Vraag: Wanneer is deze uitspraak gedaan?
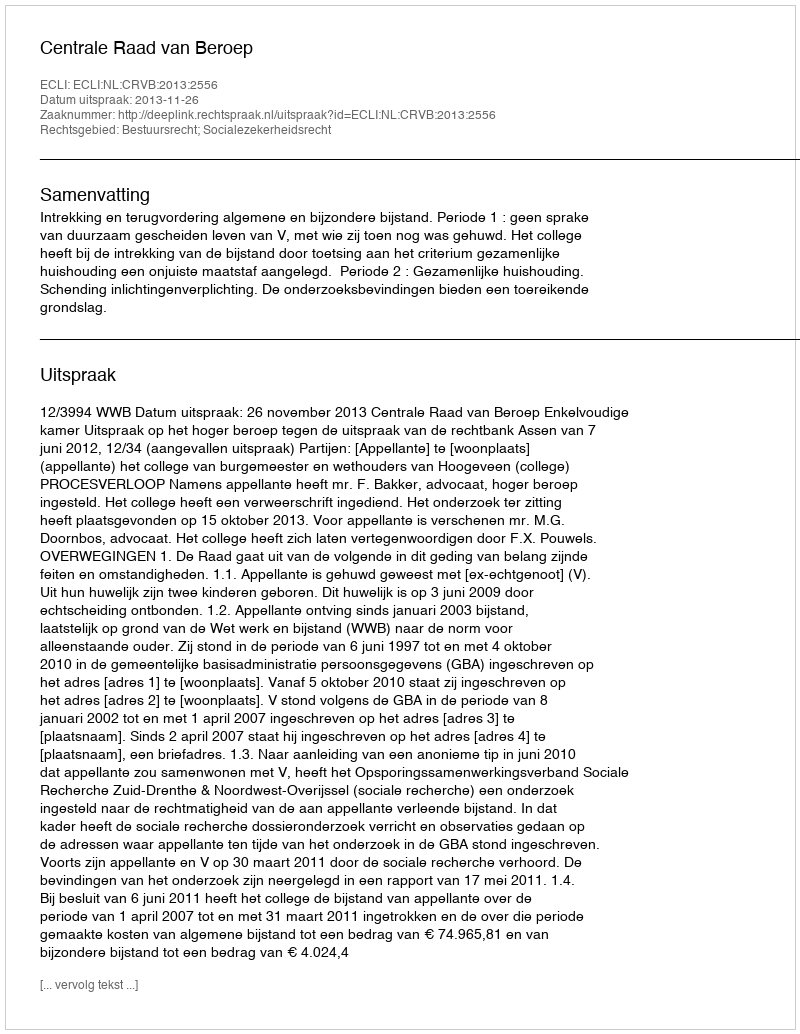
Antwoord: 2013-11-26